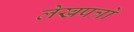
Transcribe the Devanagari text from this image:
लेखपत्रों